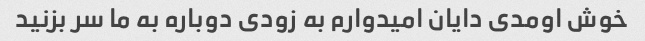
خوش اومدی دایان امیدوارم به زودی دوباره به ما سر بزنید